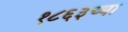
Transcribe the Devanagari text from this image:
१८६३च्या